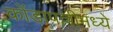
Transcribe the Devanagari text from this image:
कोंडापल्लीमध्ये